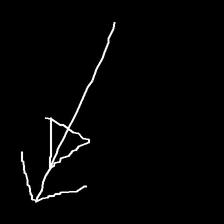
Glyph: pull